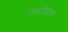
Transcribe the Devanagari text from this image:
रिकतीकरण